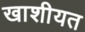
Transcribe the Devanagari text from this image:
खाशीयत